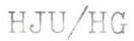
HJU/HG